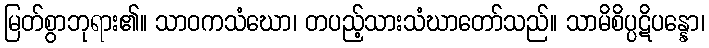
မြတ်စွာဘုရား၏။ သာဝကသံဃော၊ တပည့်သားသံဃာတော်သည်။ သာမိစိပ္ပဋိပန္နော၊